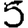
Digit: 5